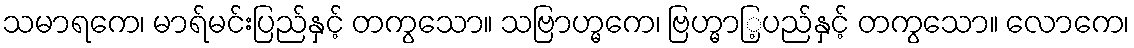
သမာရကေ၊ မာရ်မင်းပြည်နှင့် တကွသော။ သဗြာဟ္မကေ၊ ဗြဟ္မာြ့ပည်နှင့် တကွသော။ လောကေ၊